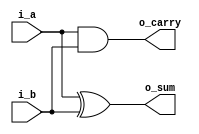
`timescale 1ns / 1ps

module HalfAdder(
    input i_a,
    input i_b,

    output o_sum, o_carry 
);

    assign o_sum  =   i_a ^ i_b;  // xor
    assign o_carry = i_a & i_b;   // and
endmodule